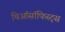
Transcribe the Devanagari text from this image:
थिऑसॉफिस्ट्स